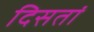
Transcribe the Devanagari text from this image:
दिसतां